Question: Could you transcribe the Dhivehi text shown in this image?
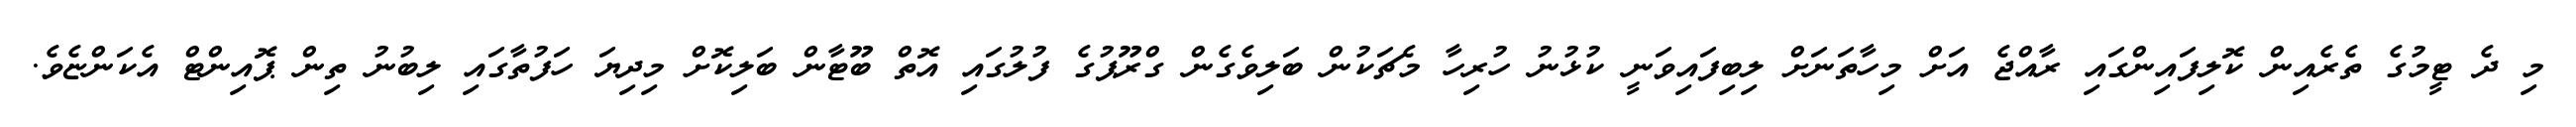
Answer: މި ދެ ޓީމުގެ ތެރެއިން ކޮލިފައިންގައި ރާއްޖެ އަށް މިހާތަނަށް ލިބިފައިވަނީ ކުޅުނު ހުރިހާ މެޗަކުން ބަލިވެގެން ގްރޫޕުގެ ފުލުގައި އޮތް ބޫޓާން ބަލިކޮށް މިދިޔަ ހަފުތާގައި ލިބުނު ތިން ޕޮއިންޓް އެކަންޏެވެ.